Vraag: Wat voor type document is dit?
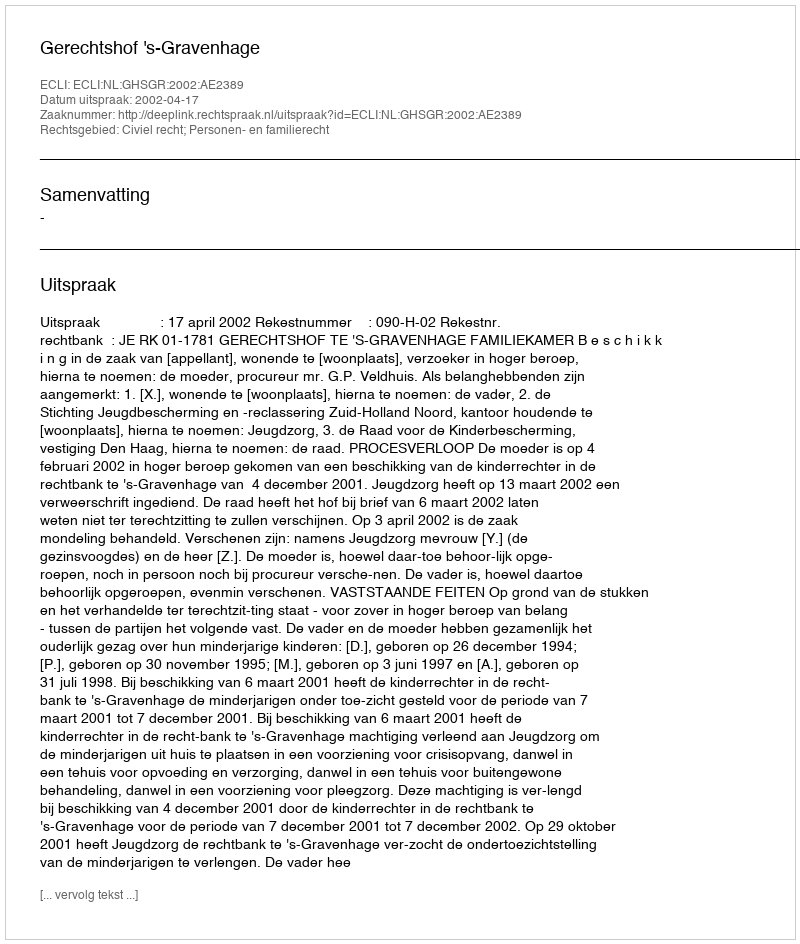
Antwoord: Uitspraak